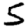
Digit: 5